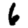
Digit: 6